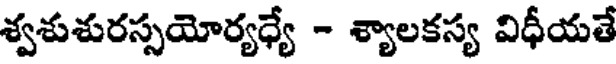
శ్వశుశురస్సయోర్యధ్యే - శ్యాలకస్య విధీయతే